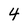
Character: 4